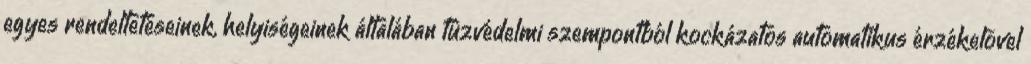
egyes rendeltetéseinek, helyiségeinek általában tûzvédelmi szempontból kockázatos automatikus érzékelõvel